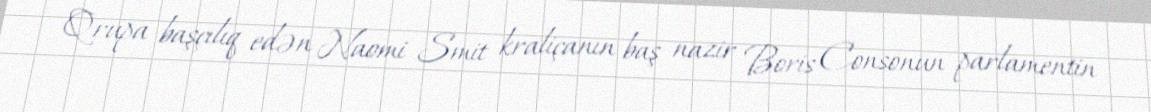
Qrupa başçılıq edən Naomi Smit kraliçanın baş nazir Boris Consonun parlamentin